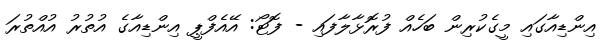
އިންޑިއާގައި މީގެކުރިން ބަހެއް ފުރޮޅާލާފައި - ފޮޓޯ: އޭއެފްޕީ އިންޑިއާގެ އުތުރު އުއްތުރަ